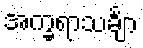
အက္ခရာသင်္ချာ